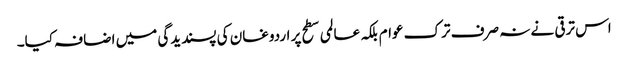
اس ترقی نے نہ صرف ترک عوام بلکہ عالمی سطح پر اردوغان کی پسندیدگی میں اضافہ کیا۔